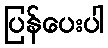
ပြန်ပေးပါ